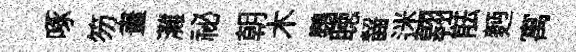
啄笏畫灘祕朝木鸚聴齧迷翱䏻麪寓